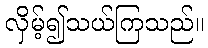
လှိမ့်၍သယ်ကြသည်။